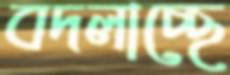
বদলাচ্ছে